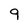
Character: 9